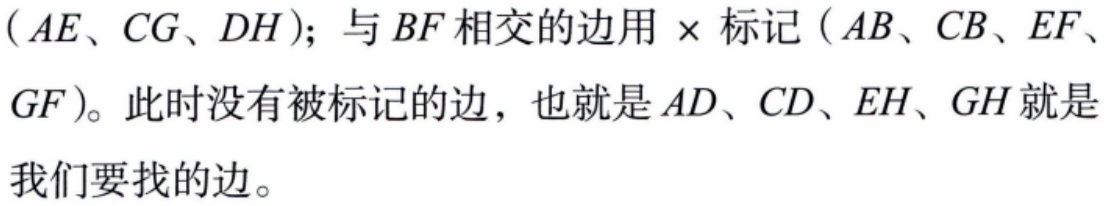
$(AE、CG、DH)$；与$BF$相交的边用$\times$标记$(AB、CB、EF、GF)$。此时没有被标记的边，也就是$AD、CD、EH、GH$就是我们要找的边。